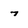
Character: 7